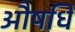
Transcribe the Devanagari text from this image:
औषधि